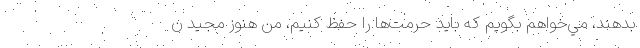
بدهند، مي‌خواهم بگويم كه بايد حرمت‌ها را حفظ كنيم، من هنوز مجيد ن